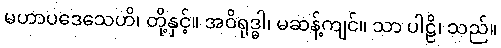
မဟာပဒေသေဟိ၊ တို့နှင့်။ အဝိရုဒ္ဓါ၊ မဆန့်ကျင်။ သာ ပါဠိ၊ သည်။